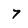
Character: 7